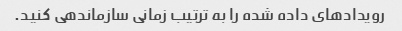
رویدادهای داده شده را به ترتیب زمانی سازماندهی کنید.